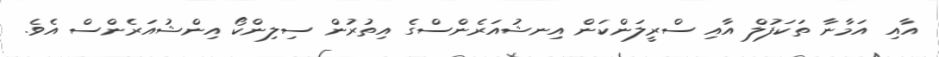
އާއި އަމާނާ ތަކަފުލް އާއި ސްރީލަންކަން އިނޝުއަރެންސްގެ އިތުރުން ސިލިންކޯ އިންޝުއަރެންސް އެވެ.